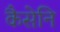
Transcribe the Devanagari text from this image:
कैसेनि